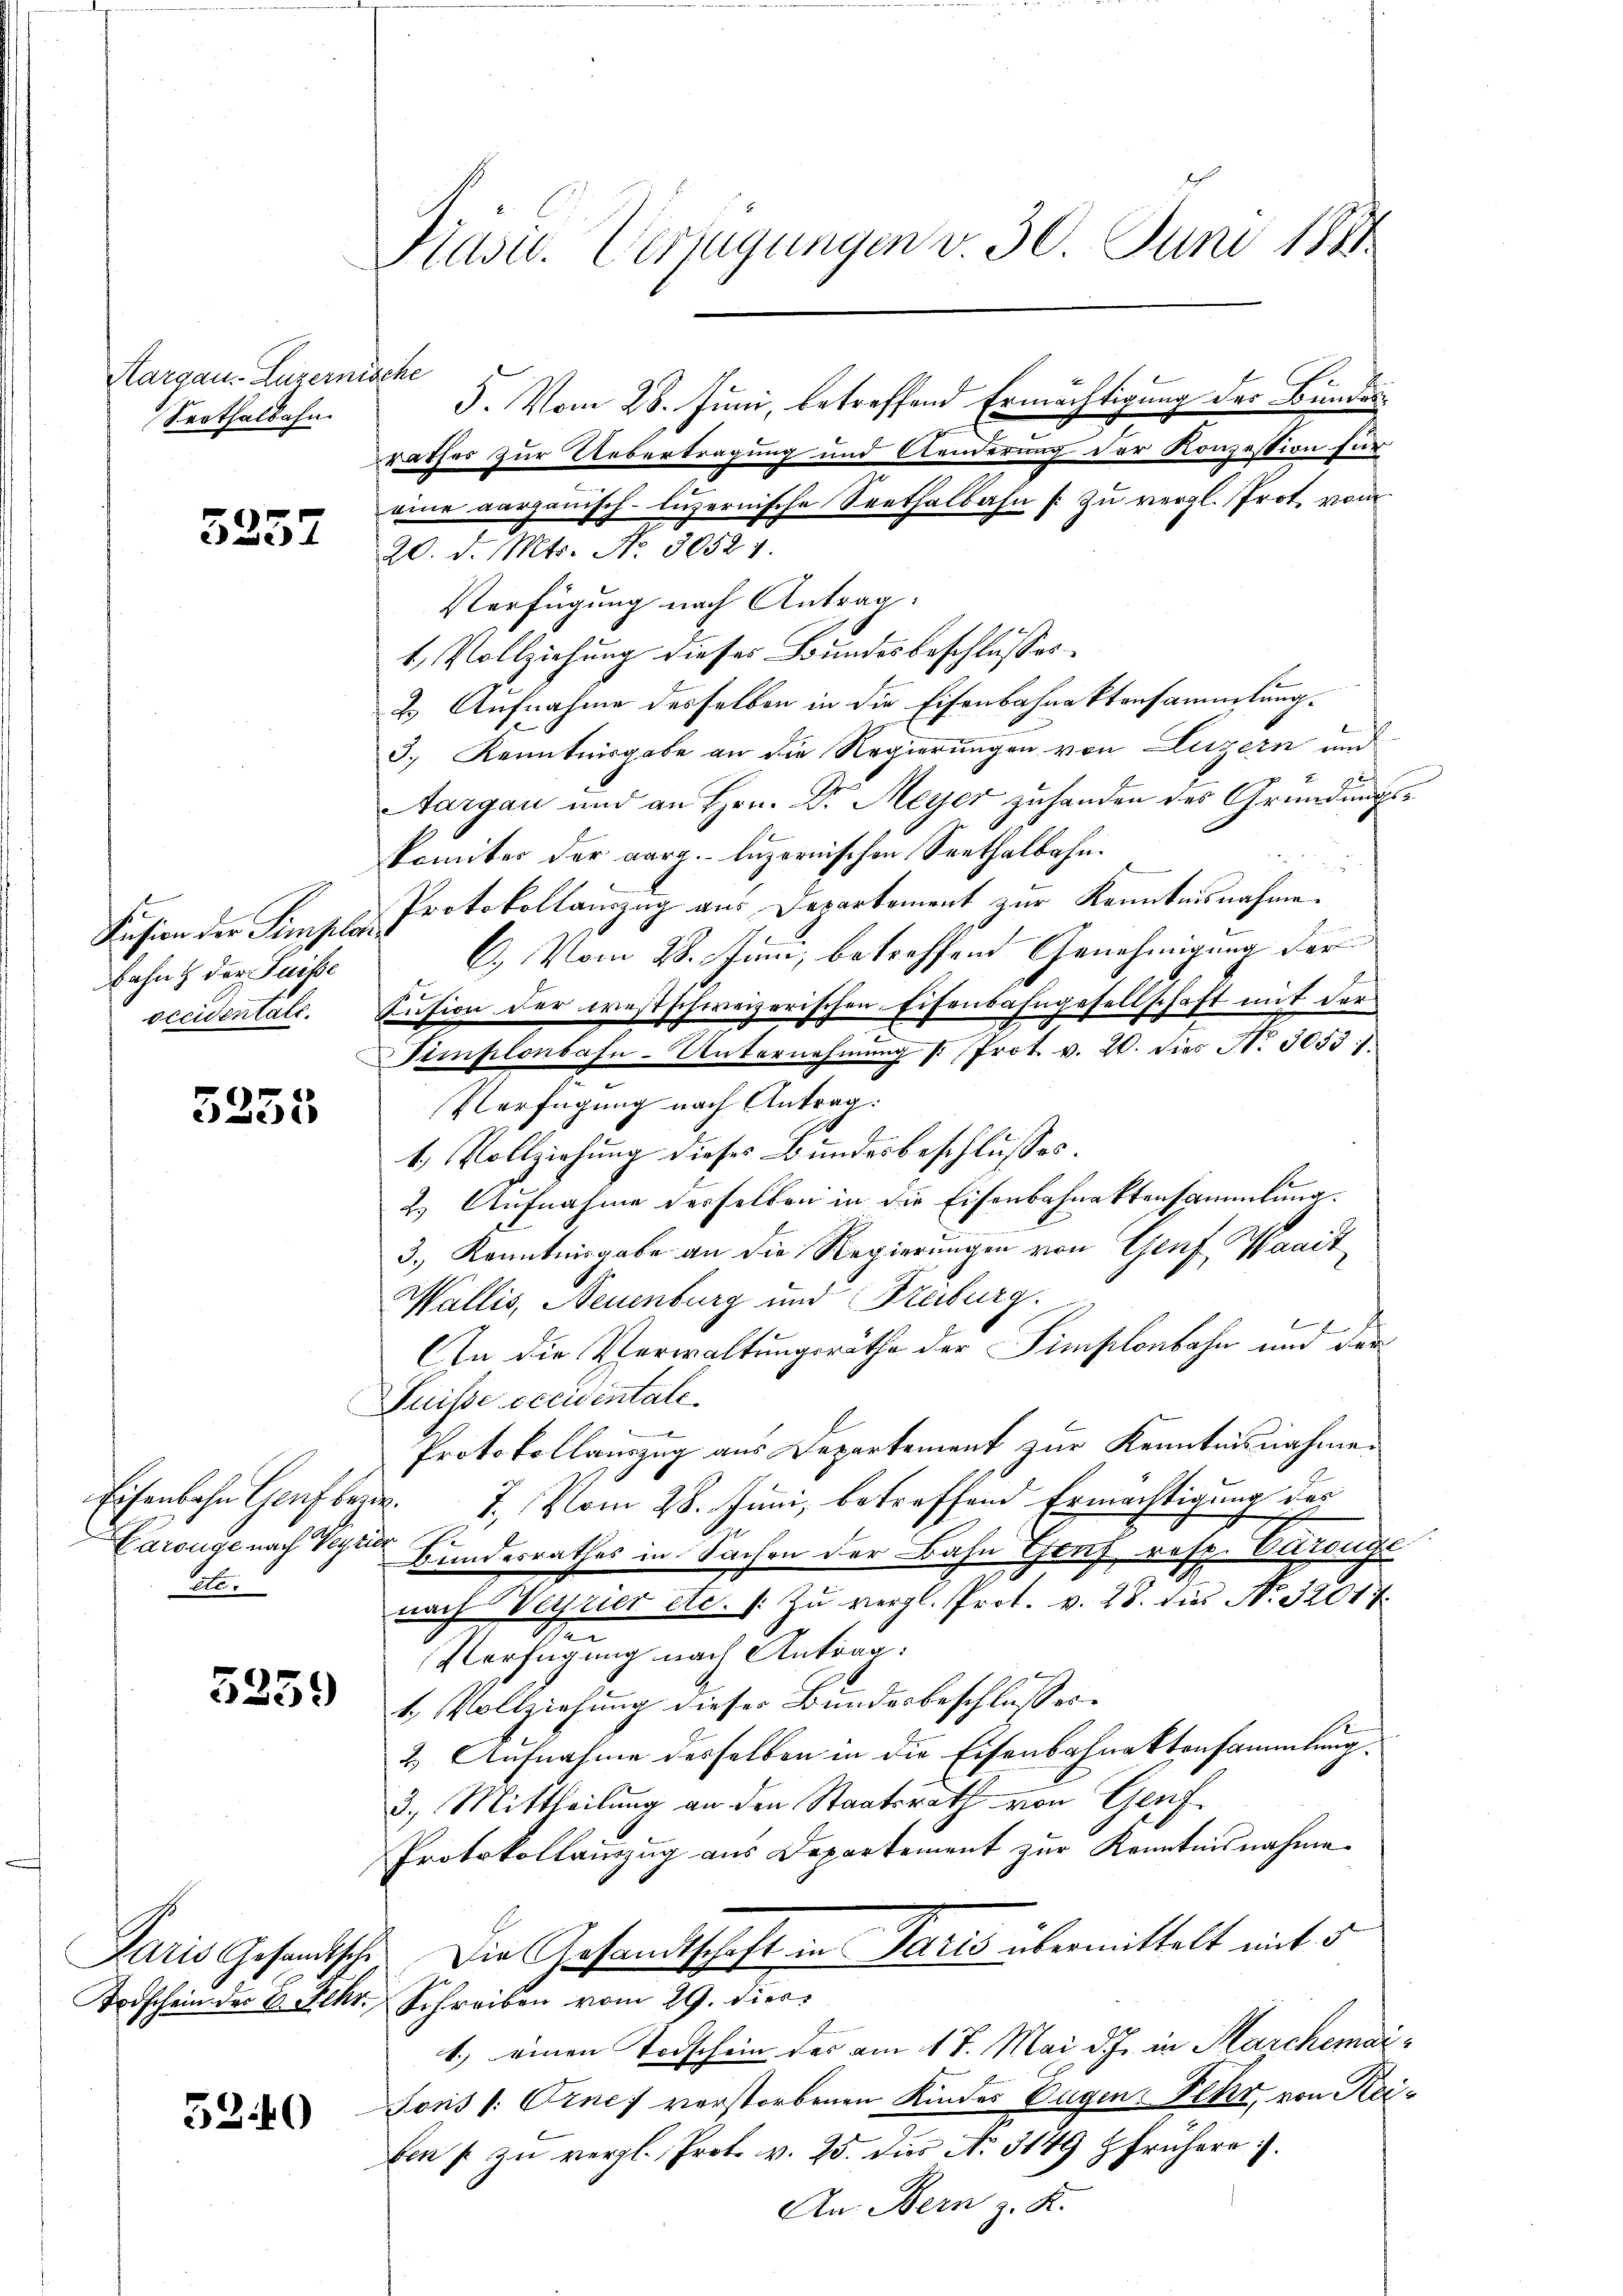
Margau-Luzernis
Serthalbahn.

5257

Kusion der Simpla¬
Bahn der Luise
occidentale.

5255

Eisenbahn Genf bez
Karüge nach Vege
t

5359

Paris Gesandtsche
Todschein des B. Fehr.

520

s

Präsid. Verfügungen v. 30. Juni 188

5. Vom 28. Juni, betreffend Ermächtigung der Bundesrathes zur Uebertragung und Aenderung der Konzession für
eine aargauisch-luzernische Seethalbahn (: zu vergl. Prot vom
20. d. Mts. No. 30524.
Verfügung nach Antrag:
1. Vollziehung dieses Bundesbeschlusses
2.) Aufnahme desselben in die Eisenbahnaktensammlung.
3., Kenntnisgabe an die Regierungen von Luzern und
Aargau und an Hrn. Dr. Meyer zuhanden des Gründungskomiter der aarg. luzernischen Seethalbahn.
Protokollauszug aus Departement zur Kenntnisnahme.
C.) Vom 28. Juni, betreffend Genehmigung der
Susion der westschweizerischen Eisenbahngesellschaft mit der
Simplonbahn-Unternehmung " Prot. v. 20. dies N. 3053.
Verfügung nach Antrag:
1. Vollziehung dieses Bundesbeschlusses.
2.) Aufnahme desselben in die Eisenbahnaktensammlung.
3.) Kenntnisgabe an die Regierungen von Genf, Waait
Wallis, Neuenburg und Freiburg.
f
n die Verwaltungsräthe der Simplonbahn und der
Suisse eccisentale.
Protokollauszug aus Departement zur Kenntnisnahme.
E
7. Vom 28. Juni, betreffend Ermächtigung des
Bundesrathes in Sachen der Bahn Gerz resp. Verfüge
nach Weyeier etc. s. Zu vergl. Prot. v. 28. dies No. 32017.
.
Verfügung nach Antrag:
1. Vollziehung dieser Bundesbeschlusses.
2. Aufnahme desselben in die Eisenbahnaktensammlung.
3. Mittheilung an den Staatsrath von Genf
Protokollanzug aus Departement zur Kenntnisnahme
Die Gesandtschaft in Paris übermittelt mit d
Schreiben vom 29. Diens
1.) einen Todschein des am 17. Mai d. J. in Marchemai¬
Lous l. Eine verstorbenen Kinder Eugen, Fehr, von Reiben u zŭ vergl. Prof. v. 25. Das No. 3149 früher.
An Bern z. K.

etel